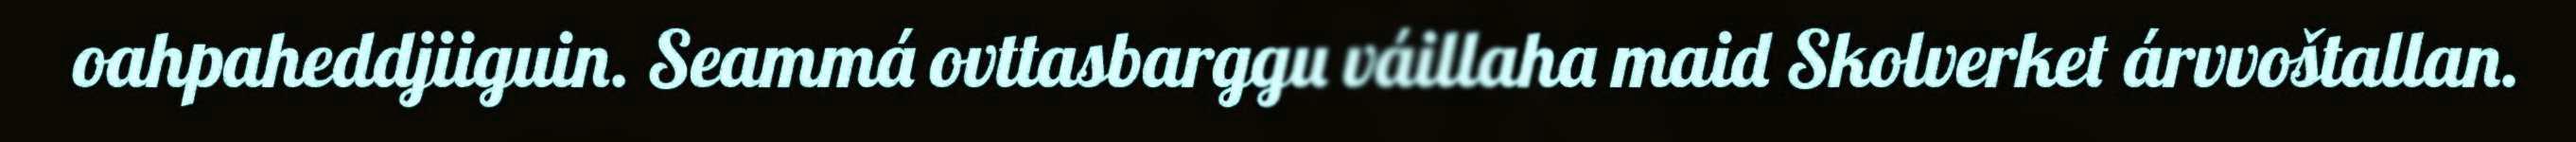
oahpaheddjiiguin. Seammá ovttasbarggu váillaha maid Skolverket árvvoštallan.